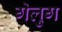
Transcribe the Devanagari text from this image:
गेलुग